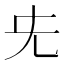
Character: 兂